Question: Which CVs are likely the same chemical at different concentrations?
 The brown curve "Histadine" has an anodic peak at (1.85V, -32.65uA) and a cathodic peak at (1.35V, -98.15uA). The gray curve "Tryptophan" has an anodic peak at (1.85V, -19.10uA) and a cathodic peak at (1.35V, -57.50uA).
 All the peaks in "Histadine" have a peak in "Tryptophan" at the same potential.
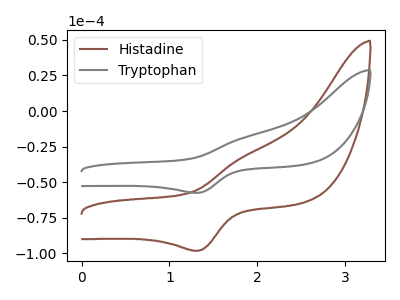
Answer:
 <answer>"Histadine" and "Tryptophan" have the same shape and are likely CV's of the same chemical.</answer>
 <eval>"Histadine" "Tryptophan"</eval>